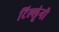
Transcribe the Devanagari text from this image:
टिल्लूंनी